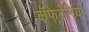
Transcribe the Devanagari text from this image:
कॅफेटेरिया